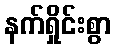
နက်ရှိုင်းစွာ